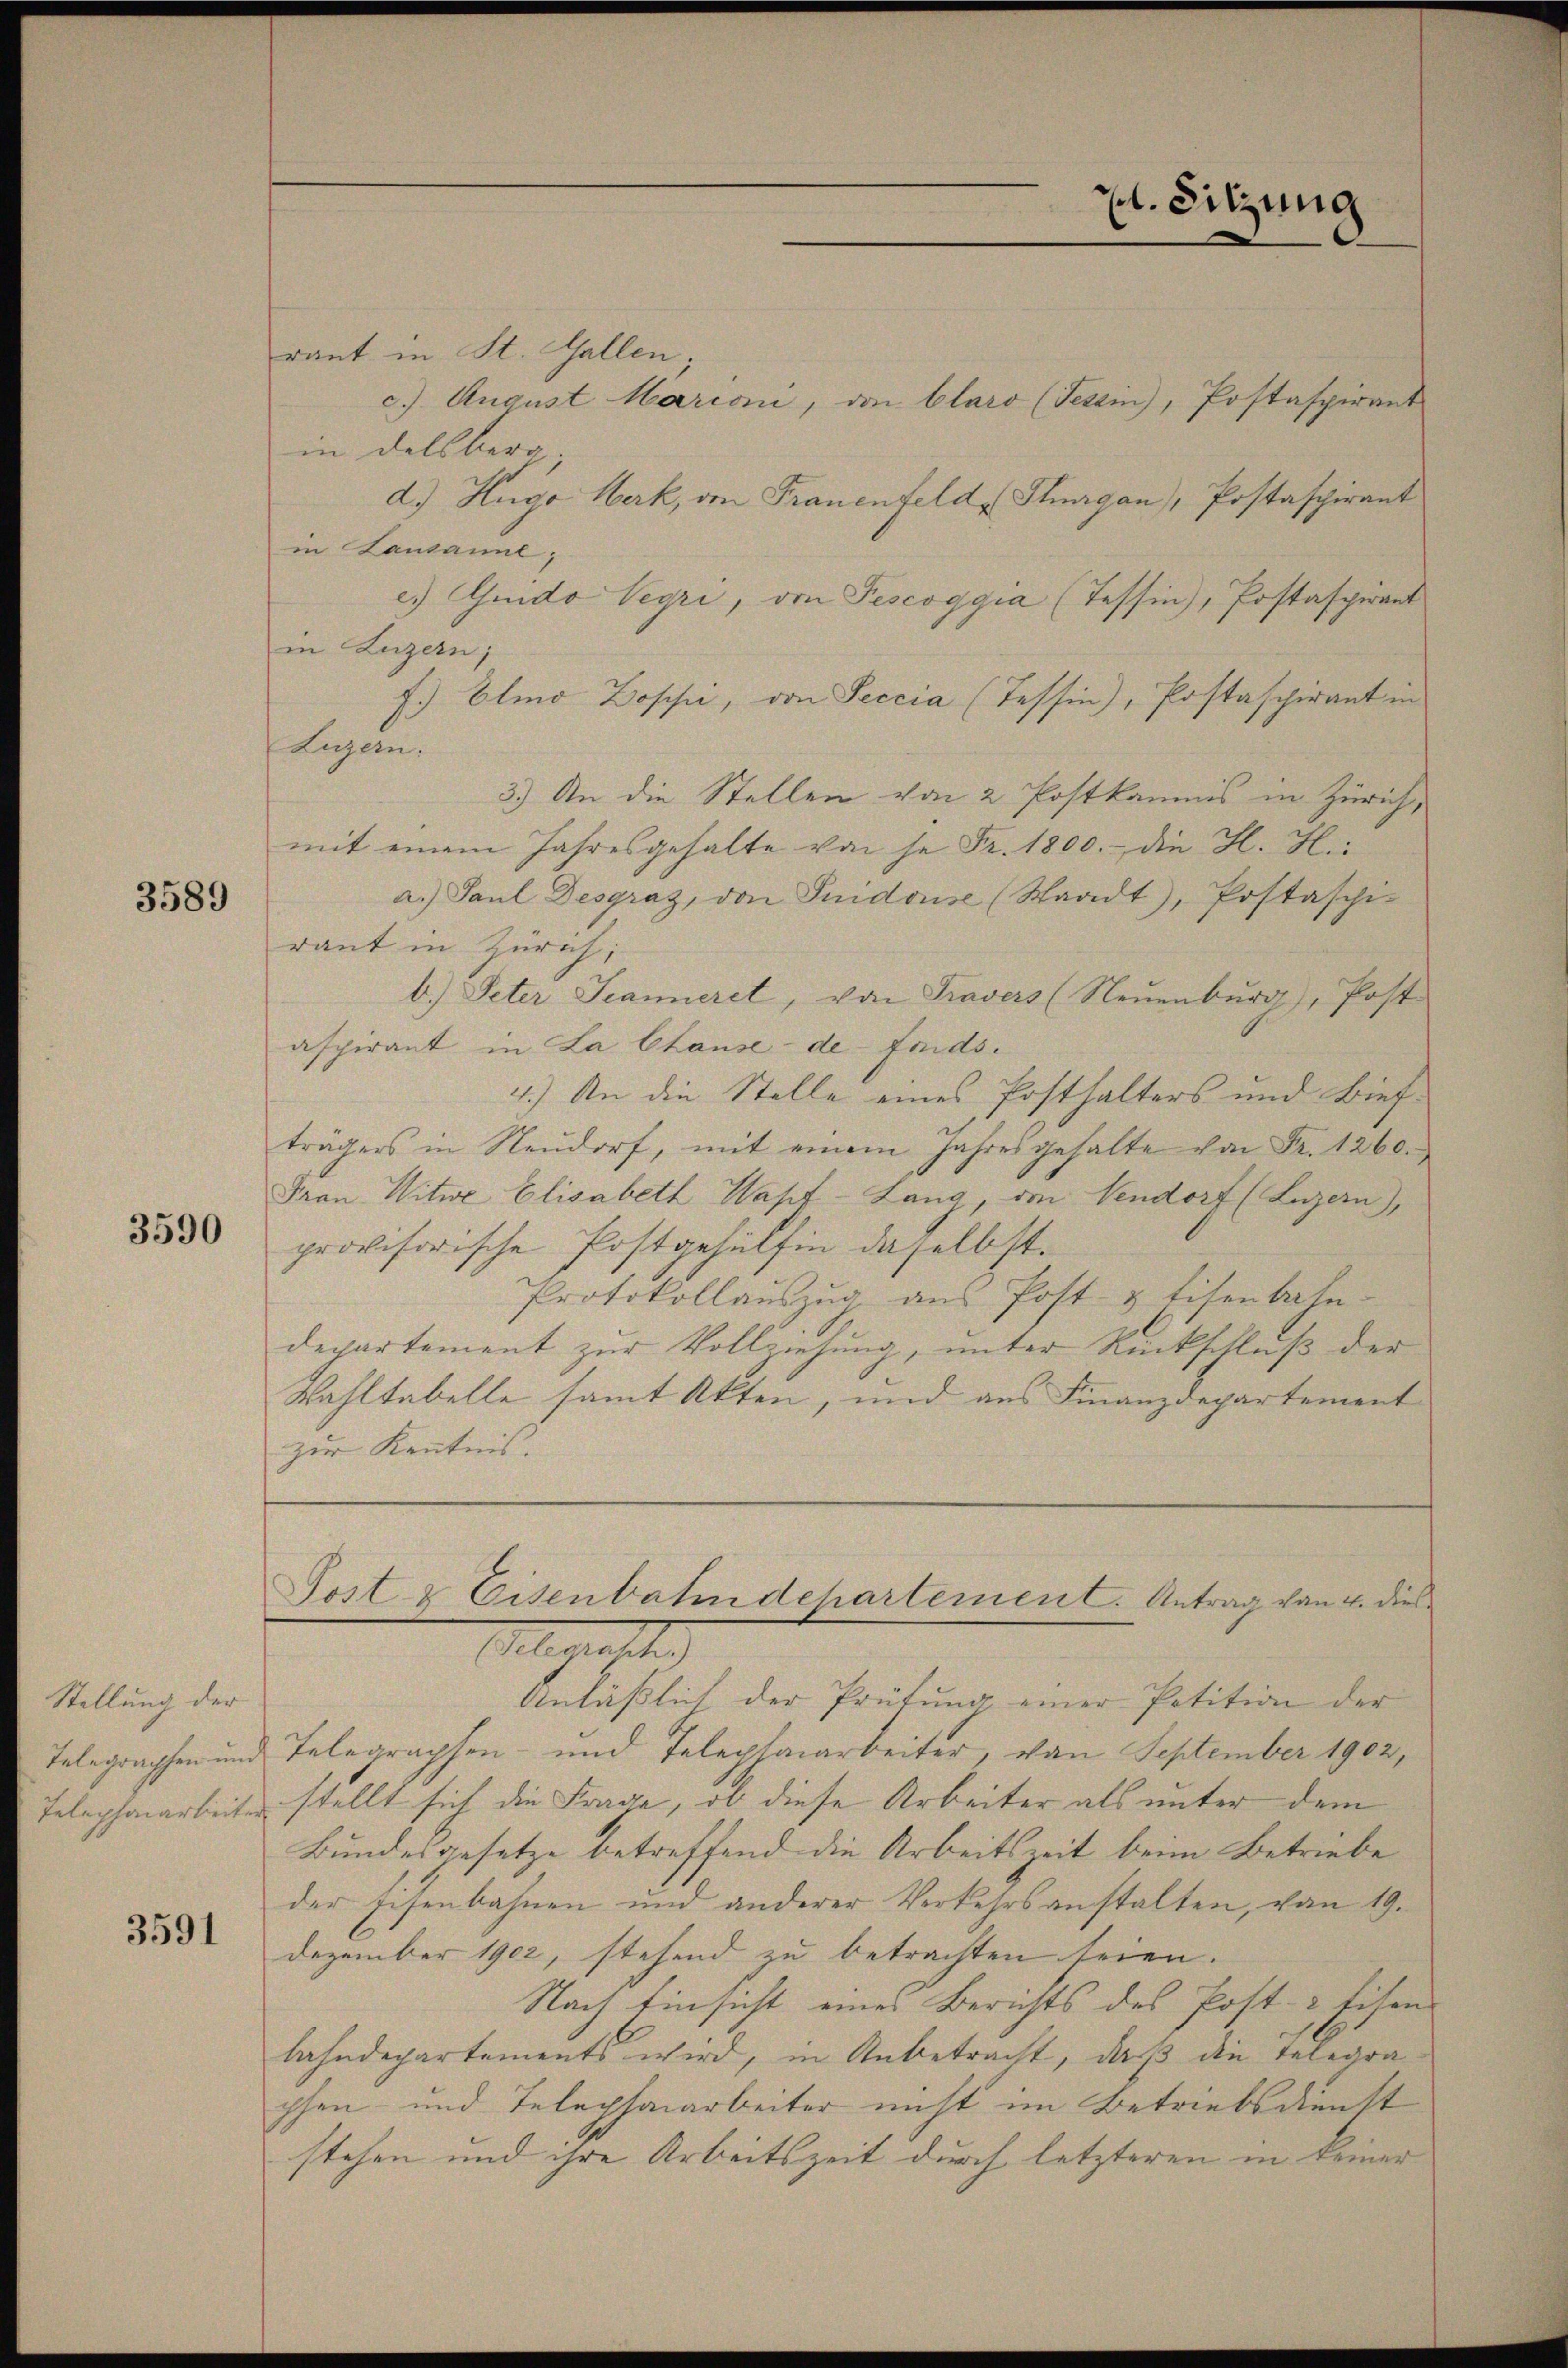
3589

3590

Stellung der
Telegraphen und
Telephonarbeiter

3591

l. Sitzung

rant in St. Gallen;
c.) August Mariani, den Claro (Tessin), Postaspirant
in Delsberg.
d.) Hugo Werk, von Frauenfelde Flurgau, Postaspirant
in Lausanne,
es.) Guido Vegri, von Pescoggia (Tessin), Postaspirant
in Luzern;
f.) Elmo Doschi, von Seccia (Tessin), Postaschirant in
Luzern:
3.) An die Stellen von 2 Postkammes in Zürich,
mit einem Jahresgehalte von je Fr. 1800. die H. H.
a.) Paul Desgraz, den Guidouse (Staadt, Postaschi-
raut in Zürich,
b.) Peter Jeanneret, von Travers (Neuenburg, Post-
aspirant in La Chause-de-Fonds.
4.) An die Stelle eines Posthalters und Biefträgers in Neŭdorf, mit einem Jahresgehalte von Fr. 1260.
Frau Witwe Elisabeth Wapt-Lang, den Vendorf (Luzern,
provisorische Postgehülfen daselbst.
Protokollauszug aus Post- & titenbahn-
departement zur Vollziehung, unter Rückschluß der
Wahltabelle samt Akten, und aus Finanzdepartement
zur Kenntnis.

Post & Eisenbahndehartement. Antrag von 4. dies
Mlle gelte

Anläßlich der Prüfung einer Petition der
Telegraphen- und Telephaiarbeiter, von September 1902,
stellt sich die Frage, ob diese Arbeiter als unter dem
Bundesgesetze betreffend die Arbeitszeit beim Betriebe
der Eisenbahnen und anderer Verkehrsanstalten, von 19.
Dezember 1902, stehend zu betrachten seien.
Nach Einsicht eines Berichts des Post- & Eisen
lahndepartements wird, in Anbetracht, daß die Telegra
phen und Telephonarbeiter nicht im Betriebsdienst
stehen und ihre Arbeitszeit durch letzteren in keiner